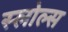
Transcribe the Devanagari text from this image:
स्लोल्स